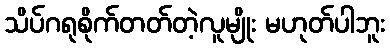
သိပ်ဂရုစိုက်တတ်တဲ့လူမျိုး မဟုတ်ပါဘူး